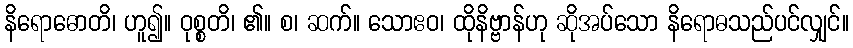
နိရောဓောတိ၊ ဟူ၍။ ဝုစ္စတိ၊ ၏။ စ၊ ဆက်။ သောဧဝ၊ ထိုနိဗ္ဗာန်ဟု ဆိုအပ်သော နိရောဓသည်ပင်လျှင်။